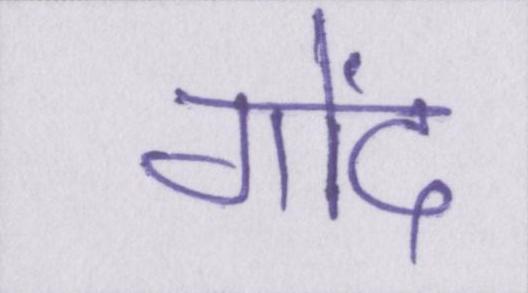
गोंद